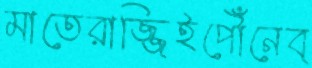
মাতেরাজ্জিইপৌঁনেব্